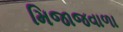
મિજાજવાળા